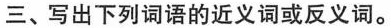
三、写出下列词语的近义词或反义词。